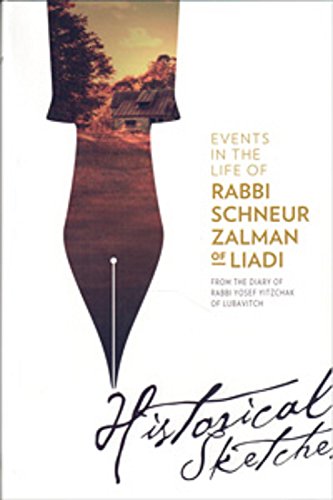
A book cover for Historical Sketches: Events in the Life of Rabbi Schneur Zalman of Liadi; Rabbi Yosef Yitzchok Schneersohn; Religion & Spirituality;